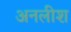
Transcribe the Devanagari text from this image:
अनलीश